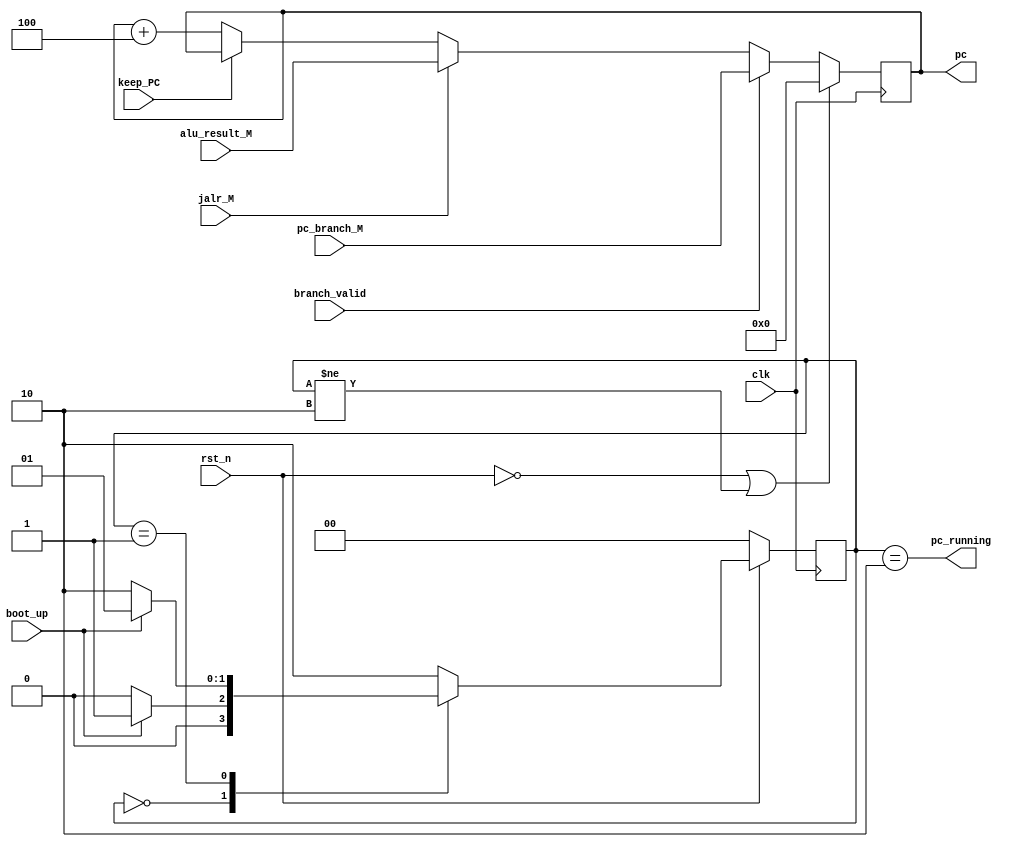
module PC(
    input clk,
    input rst_n,
    input [31:0] pc_branch_M, // PC_branch_ID
    input [31:0] alu_result_M,
    input boot_up,
    input branch_valid,
    input jalr_M,
    input keep_PC,
    output reg [31:0] pc,
    output pc_running
);

localparam  PC_IDLE = 2'b00,
            PC_LOAD = 2'b01,
            PC_RUN  = 2'b10;

wire [32-1: 0] pc_IF;
reg [1:0] state, state_n;
reg [31:0] pc_temp;

assign pc_running = (state == PC_RUN);
assign pc_IF = pc + 4;

always@(posedge clk)
    if(!rst_n)
        state <= PC_IDLE;
    else
        state <= state_n;

always@*
    case(state)
        PC_IDLE: state_n = boot_up ? PC_LOAD : PC_IDLE;
        PC_LOAD: state_n = ~boot_up ? PC_RUN : PC_LOAD;
        default   : state_n = PC_RUN;
    endcase

always@(posedge clk) begin
    if(~rst_n || (state != PC_RUN))
        pc <= 0;
    else
        pc <= pc_temp;
end

always@* begin
    case(1'b1)
        branch_valid: pc_temp = pc_branch_M; // PC_branch_ID
        jalr_M: pc_temp = alu_result_M;

        keep_PC: pc_temp = pc;

        default: pc_temp = pc_IF;
    endcase
end

endmodule